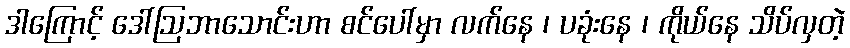
ဒါကြောင့် ဒေါ်ဩဘာသောင်းဟာ စင်ပေါ်မှာ လက်နေ ၊ ပခုံးနေ ၊ ကိုယ်နေ သိပ်လှတဲ့